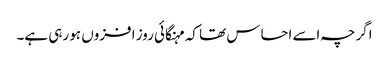
اگرچہ اسے احساس تھا کہ مہنگائی روز افزوں ہو رہی ہے۔